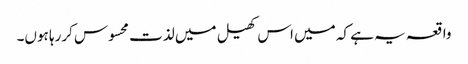
واقعہ یہ ہے کہ میں اس کھیل میں لذت محسوس کررہا ہوں۔